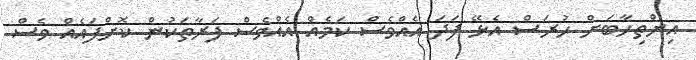
އިންތިހާބަށް ހުރަސް އެޅޭ ފަދަ އެއްވެސް ކަމެއް އެއްވެސް ފަރާތަކުން ކޮށްފައެއް ވެސް